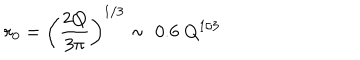
r _ { 0 } = \left( \frac { 2 Q } { 3 \pi } \right) ^ { 1 / 3 } \sim \; 0 . 6 \; Q ^ { 1 / 3 }